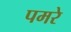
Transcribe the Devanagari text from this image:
पमरे